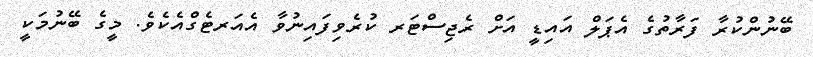
ބޭނުންކުރާ ފަރާތުގެ އެޕަލް އައިޑީ އަށް ރެޖިސްޓަރ ކުރެވިފައިނުވާ އެއަރޓެގްއެކެވެ. މީގެ ބޭނުމަކީ